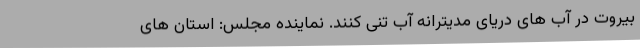
بیروت در آب های دریای مدیترانه آب تنی کنند. نماینده مجلس: استان های